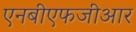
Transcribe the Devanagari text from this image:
एनबीएफजीआर